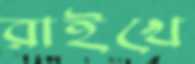
রাইখে